Indian journal of veterinary science and animal husbandry - Volumes 28-29, 1958-1959
Year: 1958
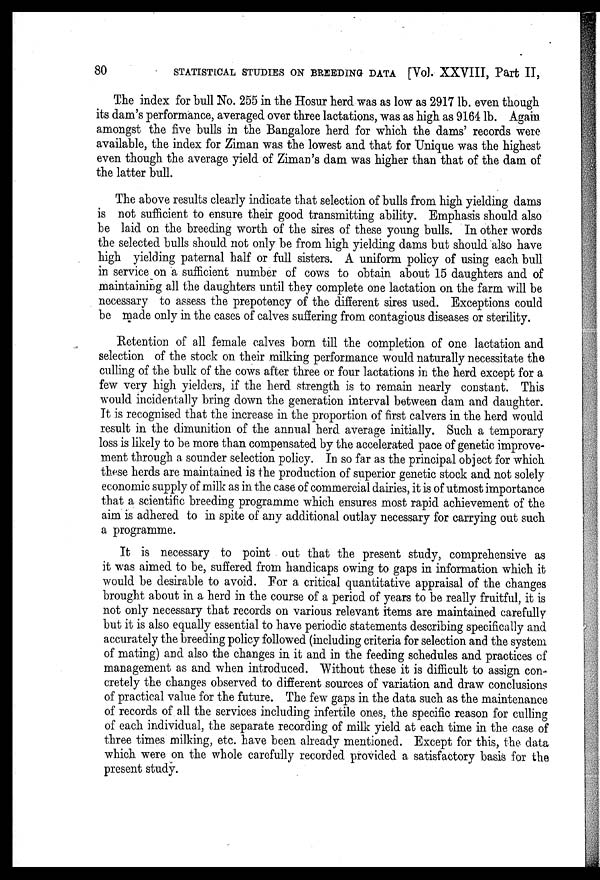
80
STATISTICAL STUDIES ON BREEDING DATA [Vol. XXVIII, Part II,
The index for bull No. 255 in the Hosur herd was as low as 2917 lb. even though
its dam's performance, averaged over three lactations, was as high as 9164 lb. Again
amongst the five bulls in the Bangalore herd for which the dams' records were
available, the index for Ziman was the lowest and that for Unique was the highest
even though the average yield of Ziman's dam was higher than that of the dam of
the latter bull.
The above results clearly indicate that selection of bulls from high yielding dams
is not sufficient to ensure their good transmitting ability. Emphasis should also
be laid on the breeding worth of the sires of these young bulls. In other words
the selected bulls should not only be from high yielding dams but should also have
high yielding paternal half or full sisters. A uniform policy of using each bull
in service on a sufficient number of cows to obtain about 15 daughters and of
maintaining all the daughters until they complete one lactation on the farm will be
necessary to assess the prepotency of the different sires used. Exceptions could
be made only in the cases of calves suffering from contagious diseases or sterility.
Retention of all female calves born till the completion of one lactation and
selection of the stock on their milking performance would naturally necessitate the
culling of the bulk of the cows after three or four lactations in the herd except for a
few very high yielders, if the herd strength is to remain nearly constant. This
would incidentally bring down the generation interval between dam and daughter.
It is recognised that the increase in the proportion of first calvers in the herd would
result in the dimunition of the annual herd average initially. Such a temporary
loss is likely to be more than compensated by the accelerated pace of genetic improve-
ment through a sounder selection policy. In so far as the principal object for which
these herds are maintained is the production of superior genetic stock and not solely
economic supply of milk as in the case of commercial dairies, it is of utmost importance
that a scientific breeding programme which ensures most rapid achievement of the
aim is adhered to in spite of any additional outlay necessary for carrying out such
a programme.
It is necessary to point out that the present study, comprehensive as
it was aimed to be, suffered from handicaps owing to gaps in information which it
would be desirable to avoid. For a critical quantitative appraisal of the changes
brought about in a herd in the course of a period of years to be really fruitful, it is
not only necessary that records on various relevant items are maintained carefully
but it is also equally essential to have periodic statements describing specifically and
accurately the breeding policy followed (including criteria for selection and the system
of mating) and also the changes in it and in the feeding schedules and practices of
management as and when introduced. Without these it is difficult to assign con-
cretely the changes observed to different sources of variation and draw conclusions
of practical value for the future. The few gaps in the data such as the maintenance
of records of all the services including infertile ones, the specific reason for culling
of each individual, the separate recording of milk yield at each time in the case of
three times milking, etc. have been already mentioned. Except for this, the data
which were on the whole carefully recorded provided a satisfactory basis for the
present study.